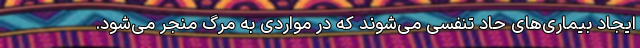
ایجاد بیماری‌های حاد تنفسی می‌شوند که در مواردی به مرگ منجر می‌شود.